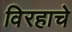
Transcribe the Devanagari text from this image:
विरहाचे